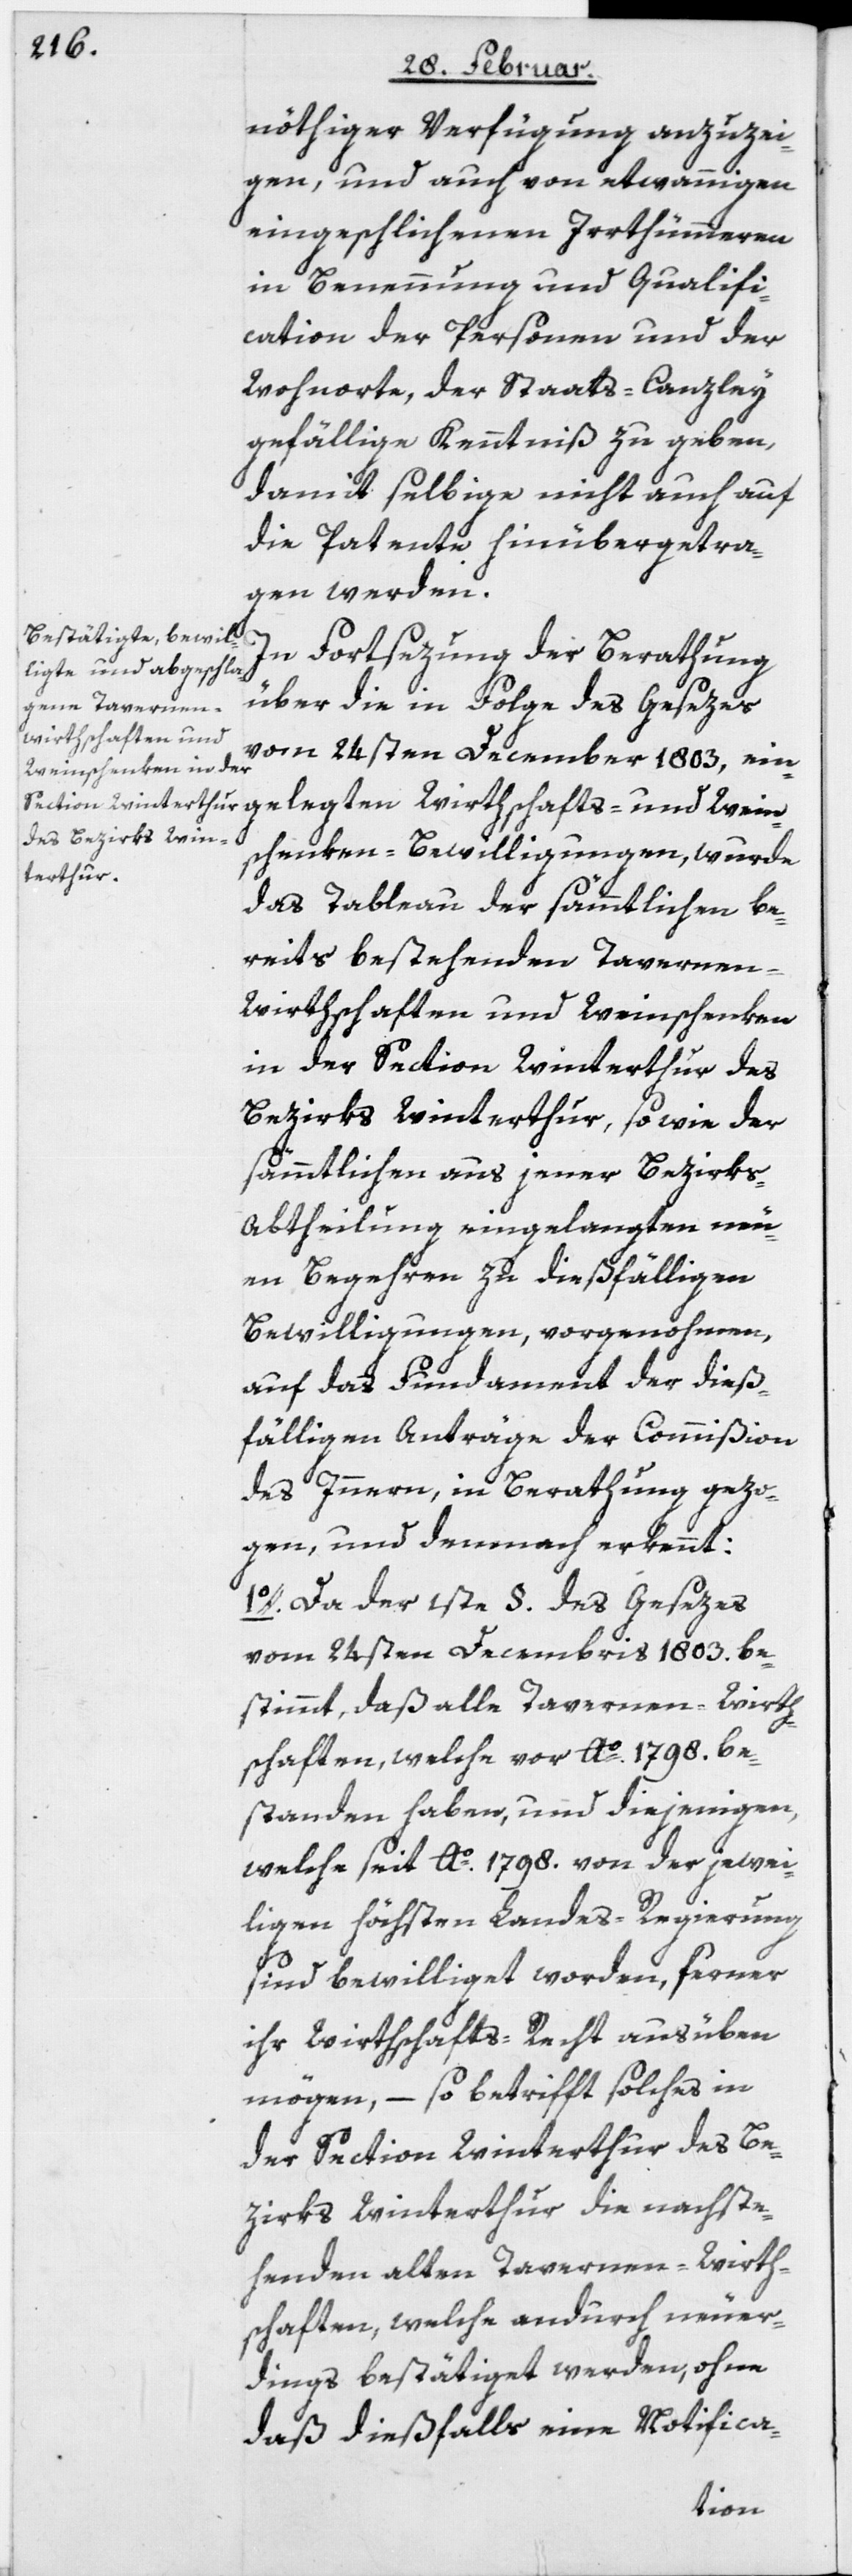
nöthiger Verfügung anzuzei¬
gen, und auch von etwannigen
eingeschlichenen Irrthümmeren
in Benennung und Qualifi¬
cation der Personen und der
Wohnorte, der Staats-Canzley
gefällige Kenntniß zu geben,
damit selbige nicht auch auf
die Patente hinübergetra¬
gen werden.
In Fortsezung der Berathung
über die in Folge des Gesezes
vom 24sten December 1803, einge¬
en-Bewilligungen, wurde
das Tableau der sämmtlichen be¬
reits bestehenden Tavernen-W¬
irthschaften und Weinschenken
in der Section Winterthur des
Bezirks Winterthur, sowie der
sämmtlichen aus jener Bezirks-A¬
btheilung eingelangten neu¬
en Begehren zu dießfälligen
Bewilligungen, vorgenohmen,
auf das Fundament der dieß¬
fälligen Anträge der Commißion
des Innern, in Berathung gezo¬
gen, und demnach erkennt:
1o. Da der 1ste §. des Gesezes
vom 24sten Decembris 1803. be¬
stimmt, daß alle Tavernen-Wirth¬
schaften, welche vor Ao. 1798. be¬
standen haben, und diejenigen,
welche seit Ao. 1798. von der jewei¬
ligen höchsten Landes-Regierung
sind bewilliget worden, ferner
ihr Wirthschafts-Recht ausüben
mögen, – so betrifft solches in
der Section Winterthur des Be¬
zirks Winterthur die nachste¬
henden alten Tavernen-Wirth¬
schaften, welche andurch neuder¬
dings bestätiget werden, ohne
daß dießfalls eine Notifica-
legten